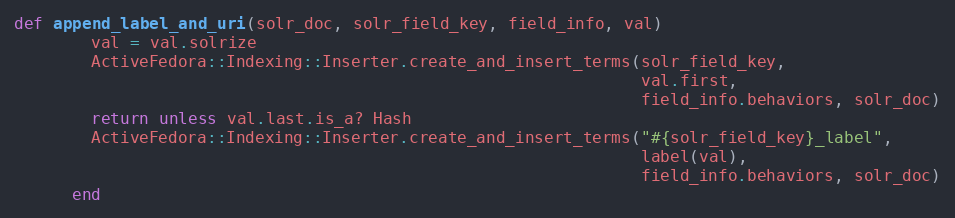
Language: Ruby
def append_label_and_uri(solr_doc, solr_field_key, field_info, val)
        val = val.solrize
        ActiveFedora::Indexing::Inserter.create_and_insert_terms(solr_field_key,
                                                                 val.first,
                                                                 field_info.behaviors, solr_doc)
        return unless val.last.is_a? Hash
        ActiveFedora::Indexing::Inserter.create_and_insert_terms("#{solr_field_key}_label",
                                                                 label(val),
                                                                 field_info.behaviors, solr_doc)
      end